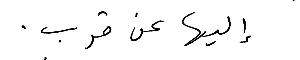
إليها عن قرب.